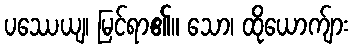
ပဿေယျ၊ မြင်ရာ၏။ သော၊ ထိုယောက်ျား